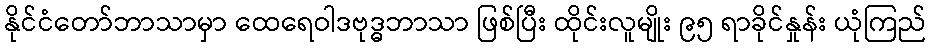
နိုင်ငံတော်ဘာသာမှာ ထေရေဝါဒဗုဒ္ဓဘာသာ ဖြစ်ပြီး ထိုင်းလူမျိုး ၉၅ ရာခိုင်နှုန်း ယုံကြည်